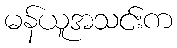
မန်ယူအသင်းက